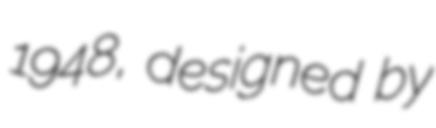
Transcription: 1948, designed by